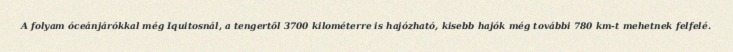
A folyam óceánjárókkal még Iquitosnál, a tengertől 3700 kilométerre is hajózható, kisebb hajók még további 780 km-t mehetnek felfelé.